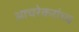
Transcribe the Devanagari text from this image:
आचरेकरांच्य